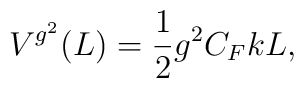
V^{g^2}(L) =   \frac{1}{2}g^2 C_F k L,